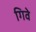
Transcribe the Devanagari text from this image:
गिवे